King Institute of Preventive Medicine Bacteriolog. Section reports 1907-08
Year: 1907
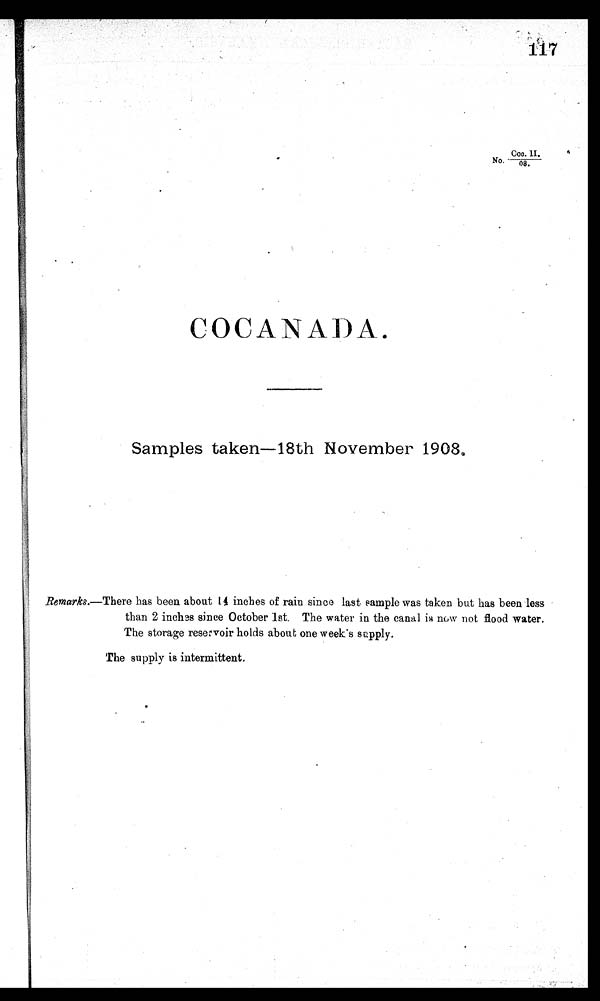
COCANADA.
Samples taken—18th November 1908.
Remarks.—There has been about 14 inches of rain since last sample was taken but has been less
than 2 inches since October 1st. The water in the canal is now not flood water.
The storage reservoir holds about one week's supply.
The supply is intermittent.